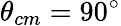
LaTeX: \theta_{cm}=90^{\circ}